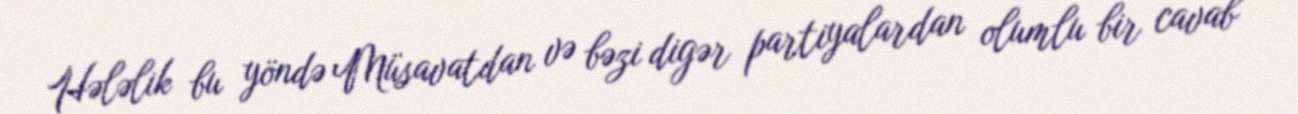
Hələlik bu yöndə Müsavatdan və bəzi digər partiyalardan olumlu bir cavab